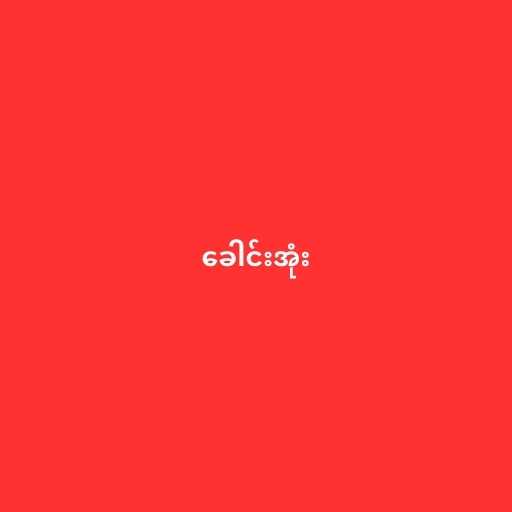
ခေါင်းအုံး